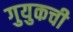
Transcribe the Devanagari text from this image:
गुयुकची